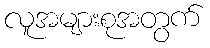
လူအများစုအတွက်